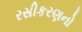
રસીકરણનો